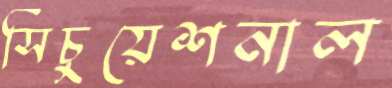
সিচুয়েশনাল